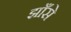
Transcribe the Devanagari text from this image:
झाँसे